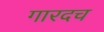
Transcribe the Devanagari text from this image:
गारदच